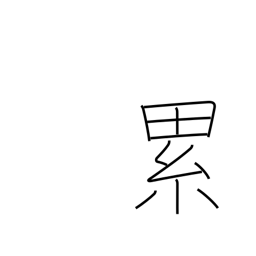
Meaning: continually